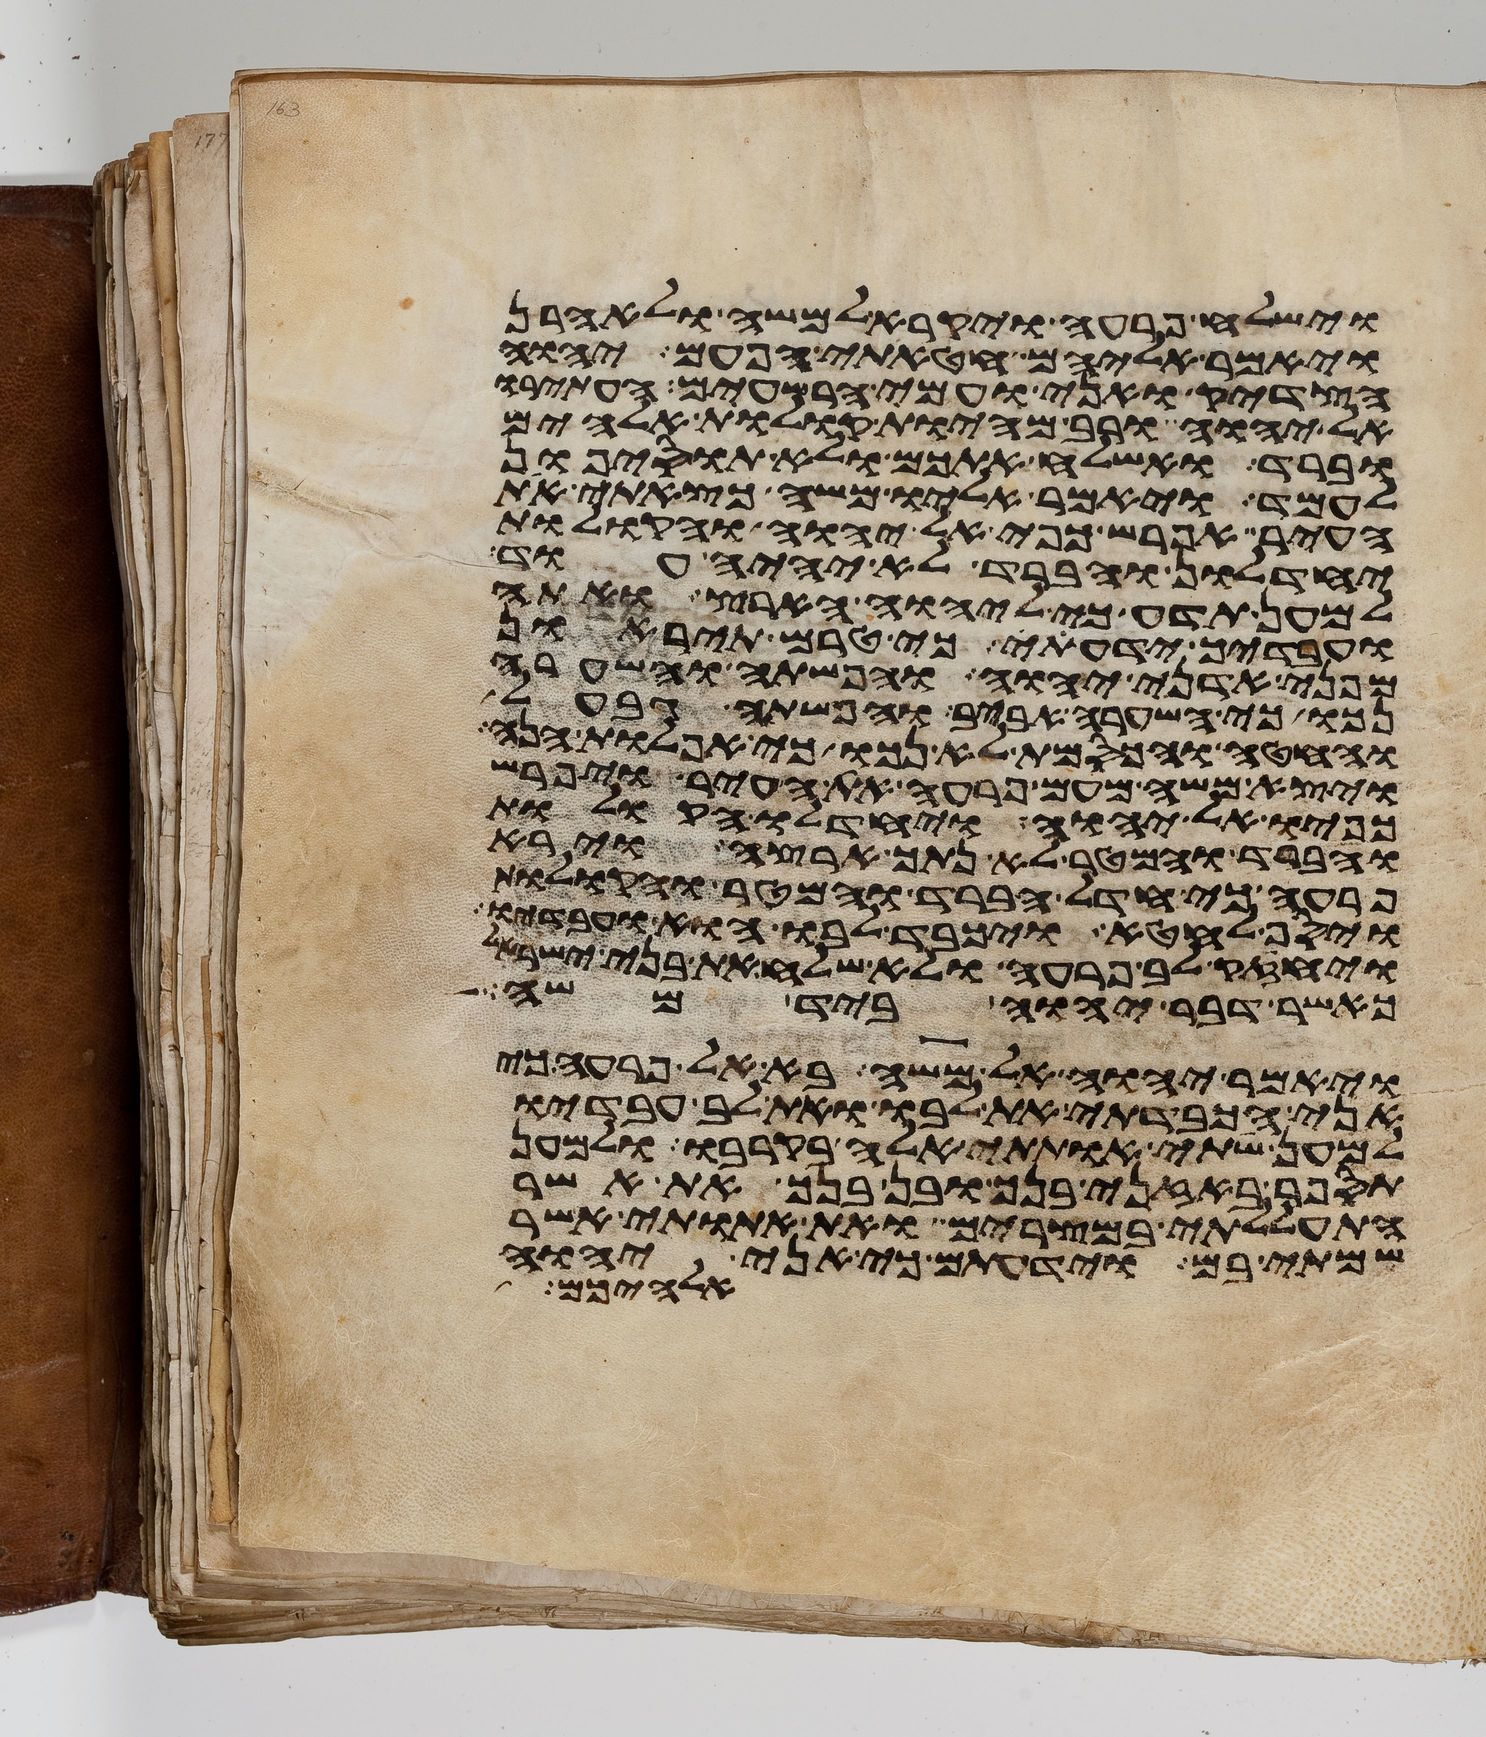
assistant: וישלח פרעה ויקרא למשה ולאהרן
ויאמר אליהם חטאתי הפעם יהוה
הצדיק ואני ועמי הרשעים העתירו
אל יהוה ורב מהיות קולות אלהים
וברד ואשלח אתכם ולא תוסיפון
לעמד ויאמר אליו משה כצאתי את
העיר אפרש כפי אל יהוה והקולות
יחדלון והברד לא יהיה עוד
למען תדע כי ליהוה הארץ ואתה
ועבדיך ידעתי כי טרם תיראון
מפני אדני יהוה והפשתה והשערה
נכו כי השערה אביב והפשתה גבעל
והחטה והכסמת לא נכו כי אפלות הנה
ויצא משה מעם פרעה את העיר ויפרש
כפיו אל יהוה ויחדלו הקולות
והברד והמטר לא נתך ארצה וירא
פרעה כי חדל הברד והמטר והקולות
ויסף לחטא ויכבד לבו הוא ועבדיו
ויחזק לב פרעה ולא שלח את בני ישראל
כאשר דבר יהוה ביד משה
ויאמר יהוה אל משה בא אל פרעה כי
אני הכבדתי את לבו ואת לב עבדיו
למען שתי אתותי אלה בקרבו ולמען
תספר באזני בנך ובן בנך את אשר
התעללתי במצרים ואת אתותי אשר
שמתי בם וידעתם כי אני יהוה
אלהיכם